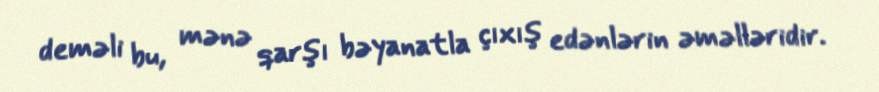
deməli bu, mənə qarşı bəyanatla çıxış edənlərin əməlləridir.